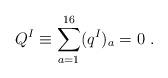
LaTeX: \begin{align*}Q^I \equiv \sum_{a=1}^{16} (q^I)_a =0 \ .\end{align*}